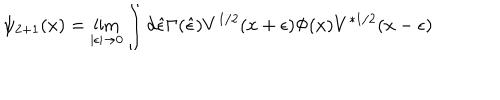
LaTeX: \psi _ { 2 + 1 } ( x ) = \lim _ { | \epsilon | \rightarrow 0 } \int d \hat { \epsilon } \Gamma ( \hat { \epsilon } ) V ^ { 1 / 2 } ( x + \epsilon ) \Phi ( x ) V ^ { * 1 / 2 } ( x - \epsilon )